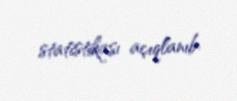
statistikası açıqlanıb.